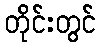
တိုင်းတွင်